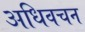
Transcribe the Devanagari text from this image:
अधिवचन